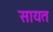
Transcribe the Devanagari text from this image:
सायत